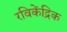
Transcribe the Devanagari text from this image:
रविकेंद्रिक